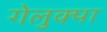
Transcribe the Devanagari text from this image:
गेलुक्पा